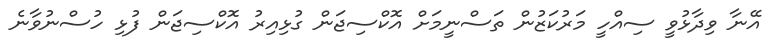
އޭނާ ވިދާޅުވީ ސިއްހީ މަރުކަޒުން ތަސްނީމަށް އޮކްސިޖަން ގުޅިއިރު އޮކްސިޖަން ފުޅި ހުސްނުވާނެ